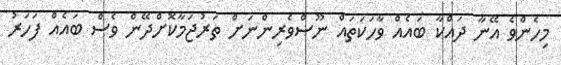
މިހެންވެ އޭނާ ދައްކާ ބައެއް ވާހަކަތައް ނޫސްވެރިންނަށް ތަރުޖަމާކޮށްދޭން ވެސް ބައެއް ފަހަރު